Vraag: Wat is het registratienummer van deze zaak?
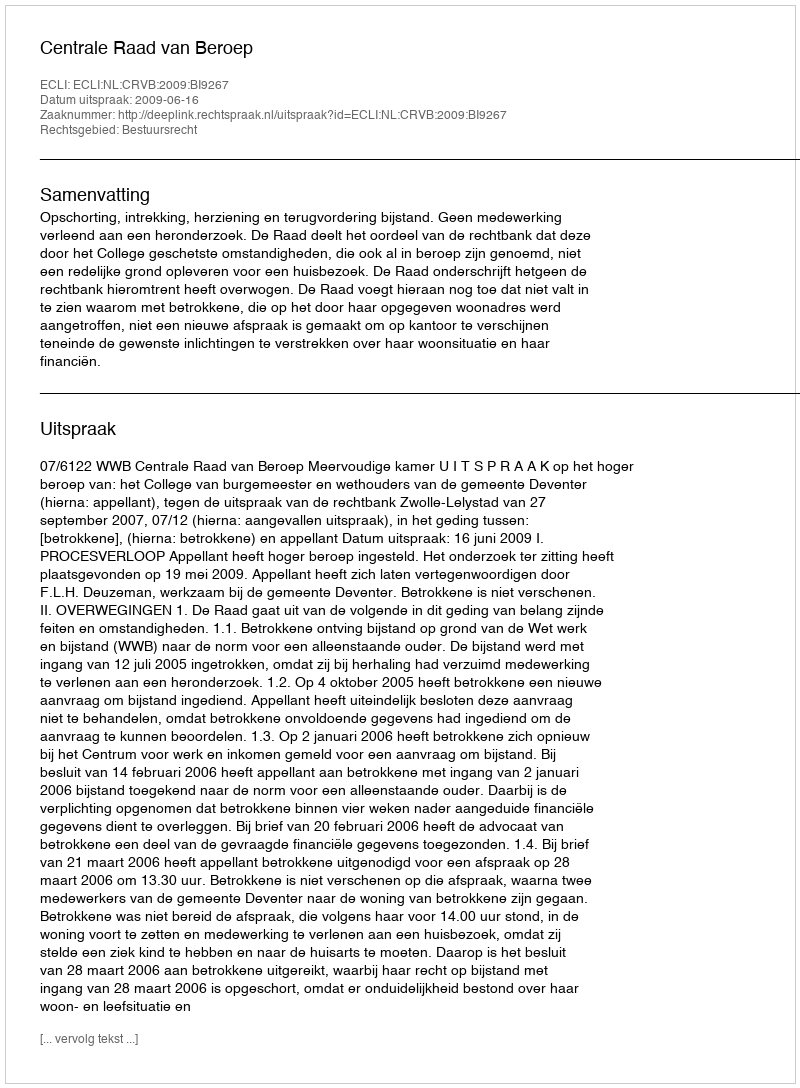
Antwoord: http://deeplink.rechtspraak.nl/uitspraak?id=ECLI:NL:CRVB:2009:BI9267